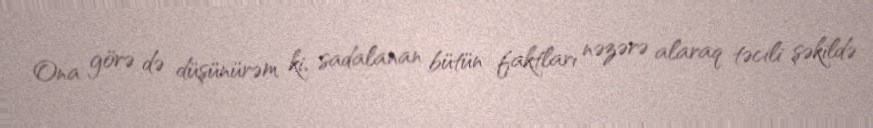
Ona görə də düşünürəm ki, sadalanan bütün faktları nəzərə alaraq təcili şəkildə